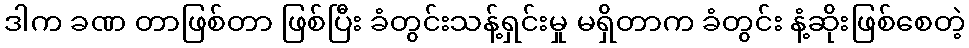
ဒါက ခဏ တာဖြစ်တာ ဖြစ်ပြီး ခံတွင်းသန့်ရှင်းမှု မရှိတာက ခံတွင်း နံ့ဆိုးဖြစ်စေတဲ့